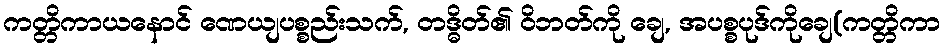
ကတ္တိကာယနောင် ဏေယျပစ္စည်းသက်, တဒ္ဓိတ်၏ ဝိဘတ်ကို ချေ, အပစ္စပုဒ်ကိုချေ(ကတ္တိကာ